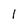
Character: l